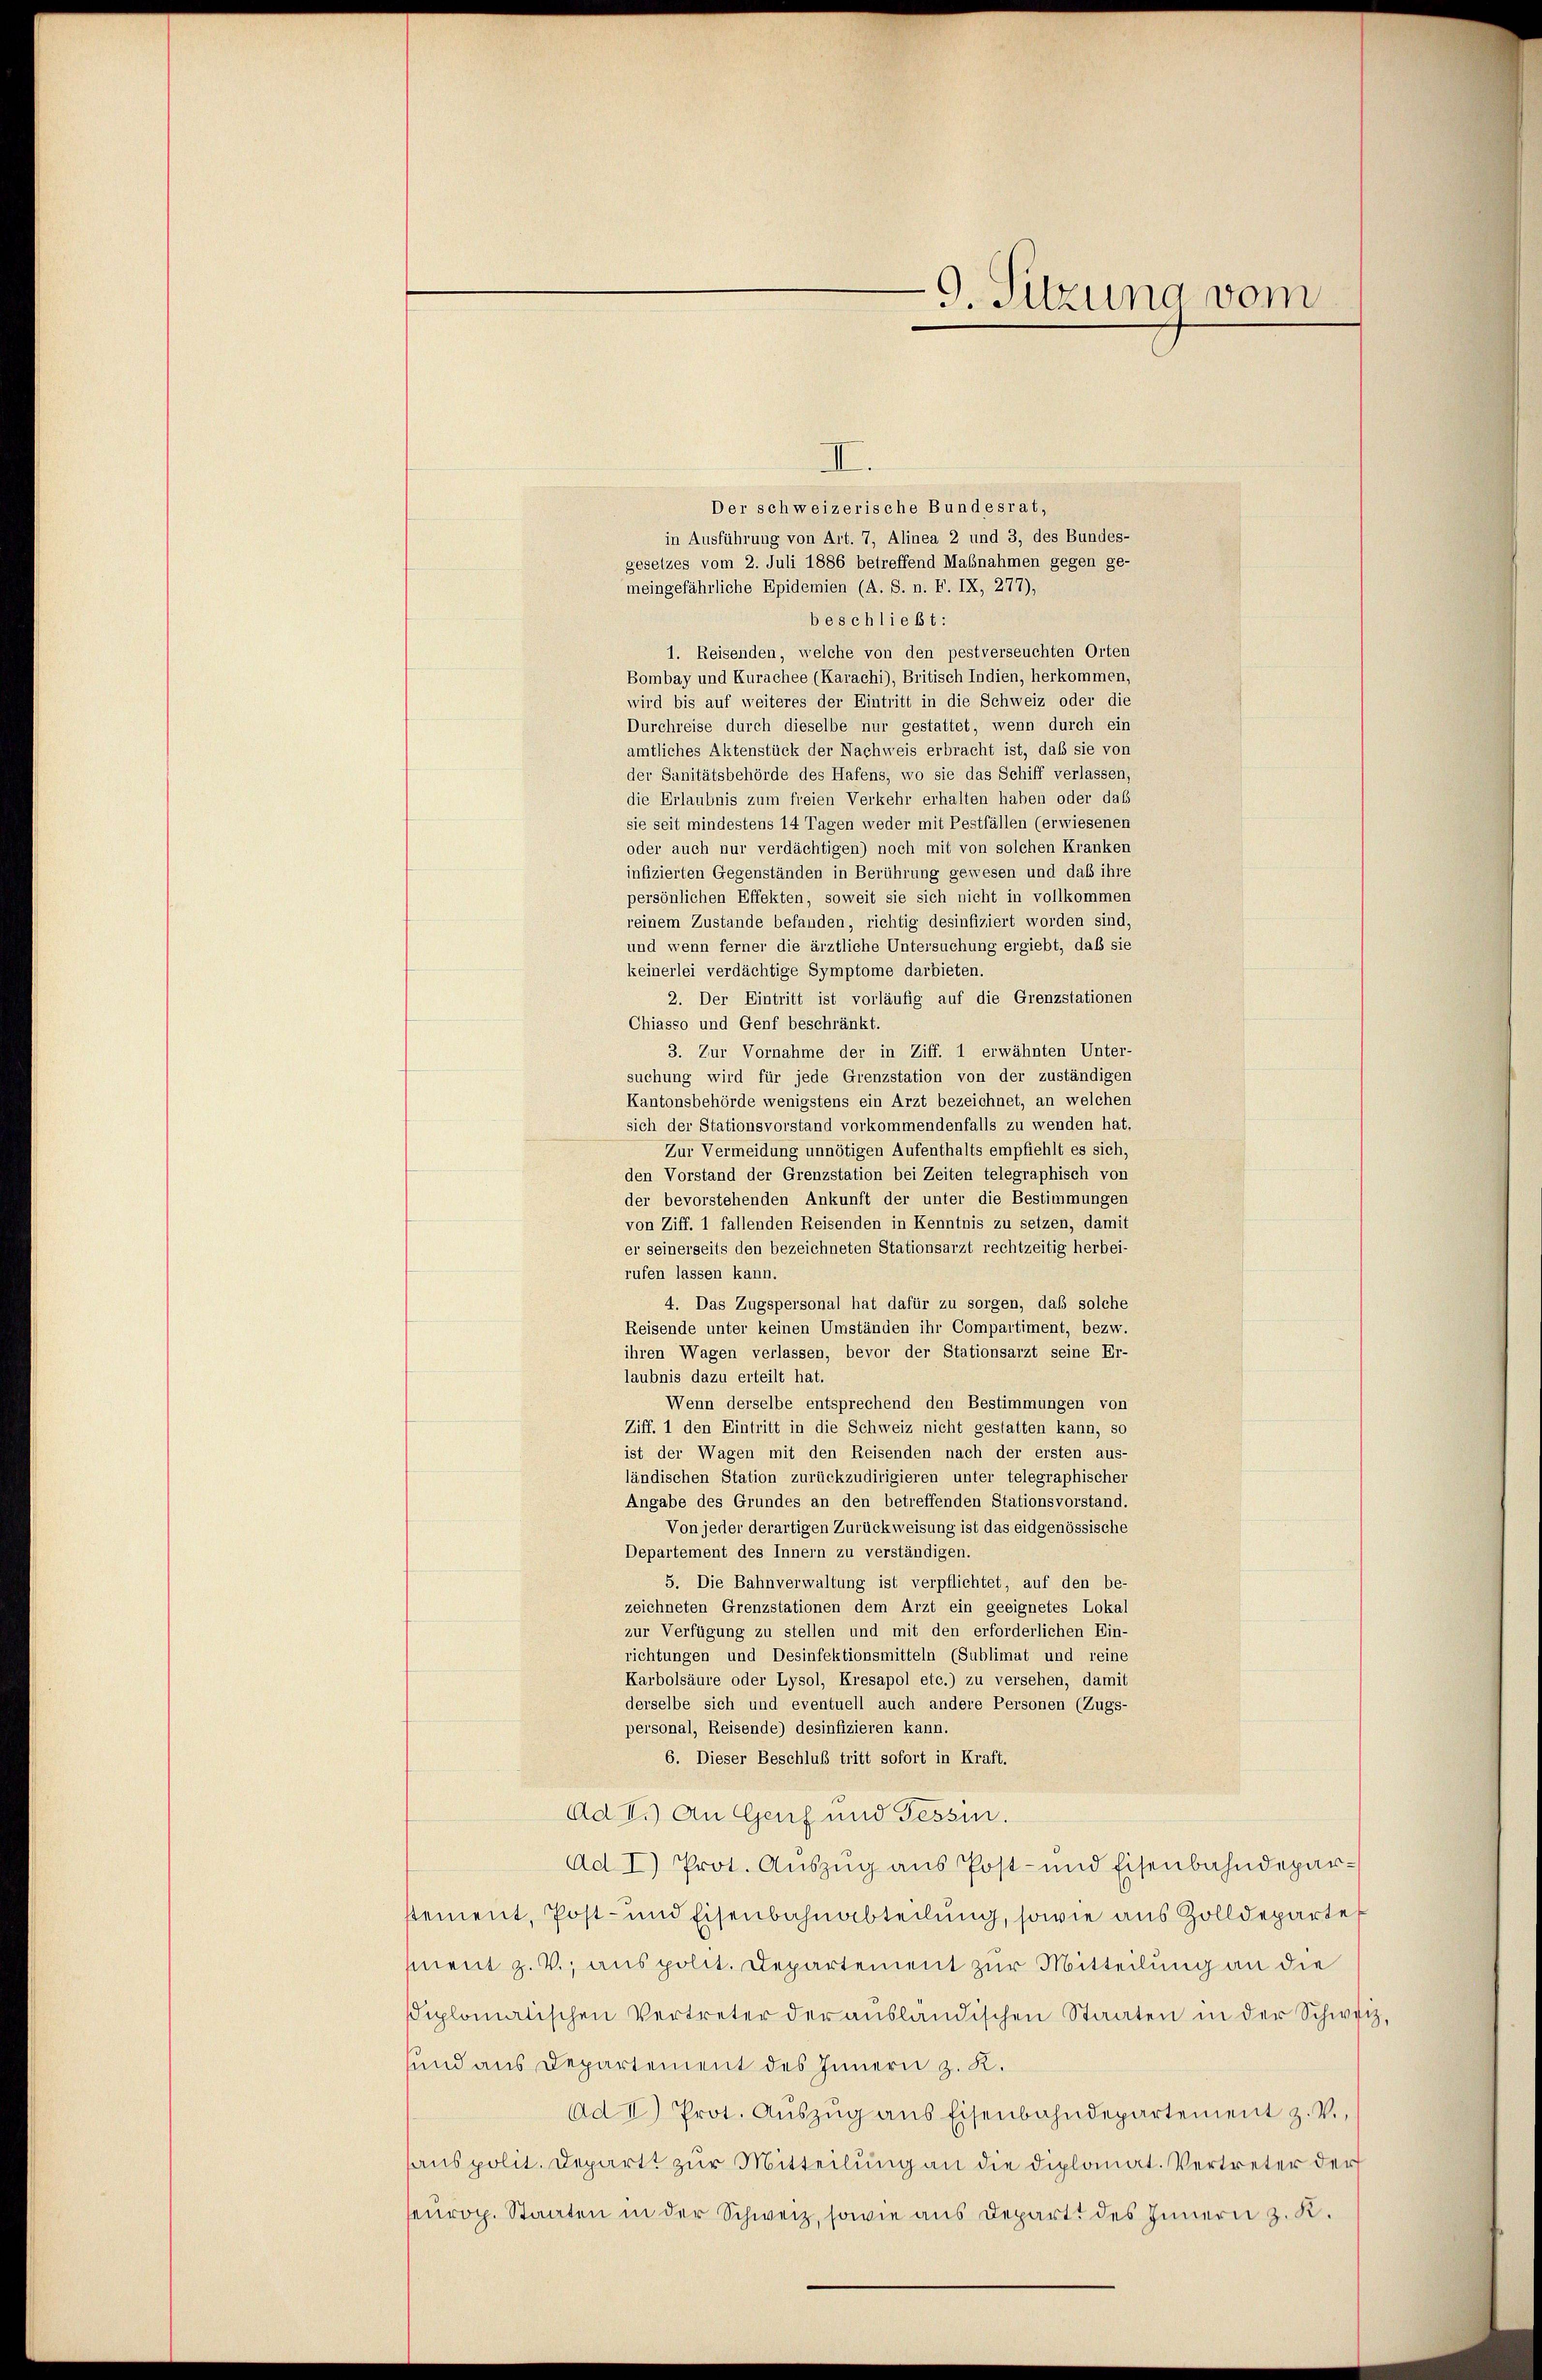
9. Sitzung vom

II.
Der schweizerische Bundesrat,
in Ausführung von Art. 7, Alinea 2 und 3, des Bundes-
gesetzes vom 2. Juli 1886 betreffend Mabnahmen gegen ge-
meingefährliche Epidemien (A. S. n. F. IX, 277),
beschließt:
1. Reisenden, welche von den pestverseuchten Orten
Bombay und Kurachee (Karachi), Britisch Indien, herkommen,
wird bis auf weiteres der Eintritt in die Schweiz oder die
Durchreise durch dieselbe nur gestattet, wenn durch ein
amtliches Aktenstück der Nachweis erbracht ist, daß sie von
der Sanitätsbehörde des Hafens, wo sie das Schiff verlassen,
die Erlaubnis zum freien Verkehr erhalten haben oder das
sie seit mindestens 14 Tagen weder mit Pestfällen (erwiesenen
oder auch nur verdächtigen) noch mit von solchen Kranken
infizierten Gegenständen in Berührung gewesen und daß ihre
persönlichen Effekten, soweit sie sich nicht in vollkommen
reinem Zustande befanden, richtig desinfiziert worden sind,
und wenn ferner die ärztliche Untersuchung ergiebt, daß sie
keinerlei verdächtige Symptome darbieten.
2. Der Eintritt ist vorläufig auf die Grenzstationen
Chiasso und Genf beschränkt.
3. Zur Vornahme der in Ziff. 1 erwähnten Unter-
suchung wird für jede Grenzstation von der zuständigen
Kantonsbehörde wenigstens ein Arzt bezeichnet, an welchen
sich der Stationsvorstand vorkommendenfalls zu wenden hat.
Zur Vermeidung unnötigen Aufenthalts empfiehlt es sich,
den Vorstand der Grenzstation bei Zeiten telegraphisch von
der bevorstehenden Ankunft der unter die Bestimmungen
von Ziff. 1 fallenden Reisenden in Kenntnis zu setzen, damit
er seinerseits den bezeichneten Stationsarzt rechtzeitig herbei-
rufen lassen kann.
4. Das Zugspersonal hat dafür zu sorgen, daß solche
Reisende unter keinen Umständen ihr Compartiment, bezw.
ihren Wagen verlassen, bevor der Stationsarzt seine Er-
laubnis dazu erteilt hat.
Wenn derselbe entsprechend den Bestimmungen von
Ziff. 1 den Eintritt in die Schweiz nicht gestatten kann, so
ist der Wagen mit den Reisenden nach der ersten aus-
ländischen Station zurückzudirigieren unter telegraphischer
Angabe des Grundes an den betreffenden Stationsvorstand.
Von jeder derartigen Zurückweisung ist das eidgenössische
Departement des Innern zu verständigen.
5. Die Bahnverwaltung ist verpflichtet, auf den be-
zeichneten Grenzstationen dem Arzt ein geeignetes Lokal
zur Verfügung zu stellen und mit den erforderlichen Ein-
richtungen und Desinfektionsmitteln (Sublimat und reine
Karbolsäure oder Lysol, Kresapol etc.) zu versehen, damit
derselbe sich und eventuell auch andere Personen (Zugs-
personal, Reisende) desinfizieren kann.
6. Dieser Beschluß tritt sofort in Kraft.
Ad V.) An Genf und Tessin.
Ad I) Prot. Auszug aus Post- und Eisenbahndeparstement, Post- und Eisenbahnabteilung, sowie aus Zolldeparte
ment z. V., aus polit. Departement zur Mitteilung an die
iplomatischen Vertreter der aŭsländischen Staaten in der Schweiz,
sund aus Departement des Innern z. K.
Ad I) Prot. Aŭszŭg aŭs Eisenbahndepartement z. V.,
anspolit. Departi zur Mitteilung an die diplomat. Vertreter der
europ. Staaten in der Schweiz, sowie aus Departt des Innern z. K.